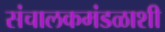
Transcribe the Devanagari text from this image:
संचालकमंडळाशी